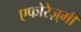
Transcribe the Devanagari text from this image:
एफोरेज़्मी